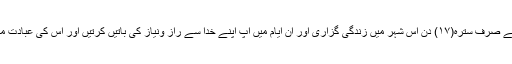
اس عظیم ہستی نے صرف سترہ(۱۷) دن اس شہر میں زندگی گزاری اور ان ایام میں آپ اپنے خدا سے راز ونیاز کی باتیں کرتیں اور اس کی عبادت میں مشغول رہیں ۔